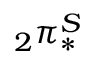
_ { 2 } \pi _ { * } ^ { S }